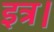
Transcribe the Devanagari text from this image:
इत्र।